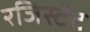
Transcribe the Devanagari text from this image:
रजिस्टेंट